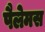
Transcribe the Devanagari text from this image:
पैलेमस